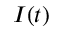
I ( t )